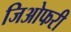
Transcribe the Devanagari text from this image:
जिओफरी